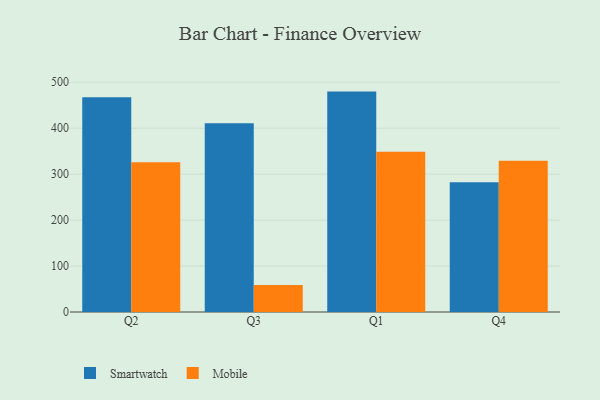
{"axis": {"x": "Quarter", "y": "Net Income (USD K)"}, "legend": ["Mobile", "Smartwatch"], "data": [{"x": "Q2", "y": 467.3, "type": "Smartwatch"}, {"x": "Q2", "y": 325.7, "type": "Mobile"}, {"x": "Q3", "y": 411.0, "type": "Smartwatch"}, {"x": "Q3", "y": 59.0, "type": "Mobile"}, {"x": "Q1", "y": 479.6, "type": "Smartwatch"}, {"x": "Q1", "y": 348.9, "type": "Mobile"}, {"x": "Q4", "y": 282.4, "type": "Smartwatch"}, {"x": "Q4", "y": 329.2, "type": "Mobile"}]}